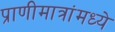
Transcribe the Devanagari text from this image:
प्राणीमात्रांमध्ये